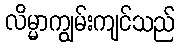
လိမ္မာကျွမ်းကျင်သည်